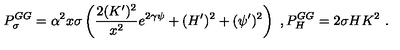
P _ { \sigma } ^ { G G } = \alpha ^ { 2 } x \sigma \left( \frac { 2 ( K ^ { \prime } ) ^ { 2 } } { x ^ { 2 } } e ^ { 2 \gamma \psi } + ( H ^ { \prime } ) ^ { 2 } + ( \psi ^ { \prime } ) ^ { 2 } \right) \ , P _ { H } ^ { G G } = 2 \sigma H K ^ { 2 } \ .